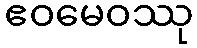
ဧဝမေဝဿု